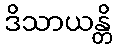
ဒိသာယန္တိ